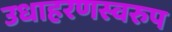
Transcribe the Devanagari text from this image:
उधाहरणस्वरुप